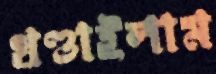
খণ্ডাইলাম